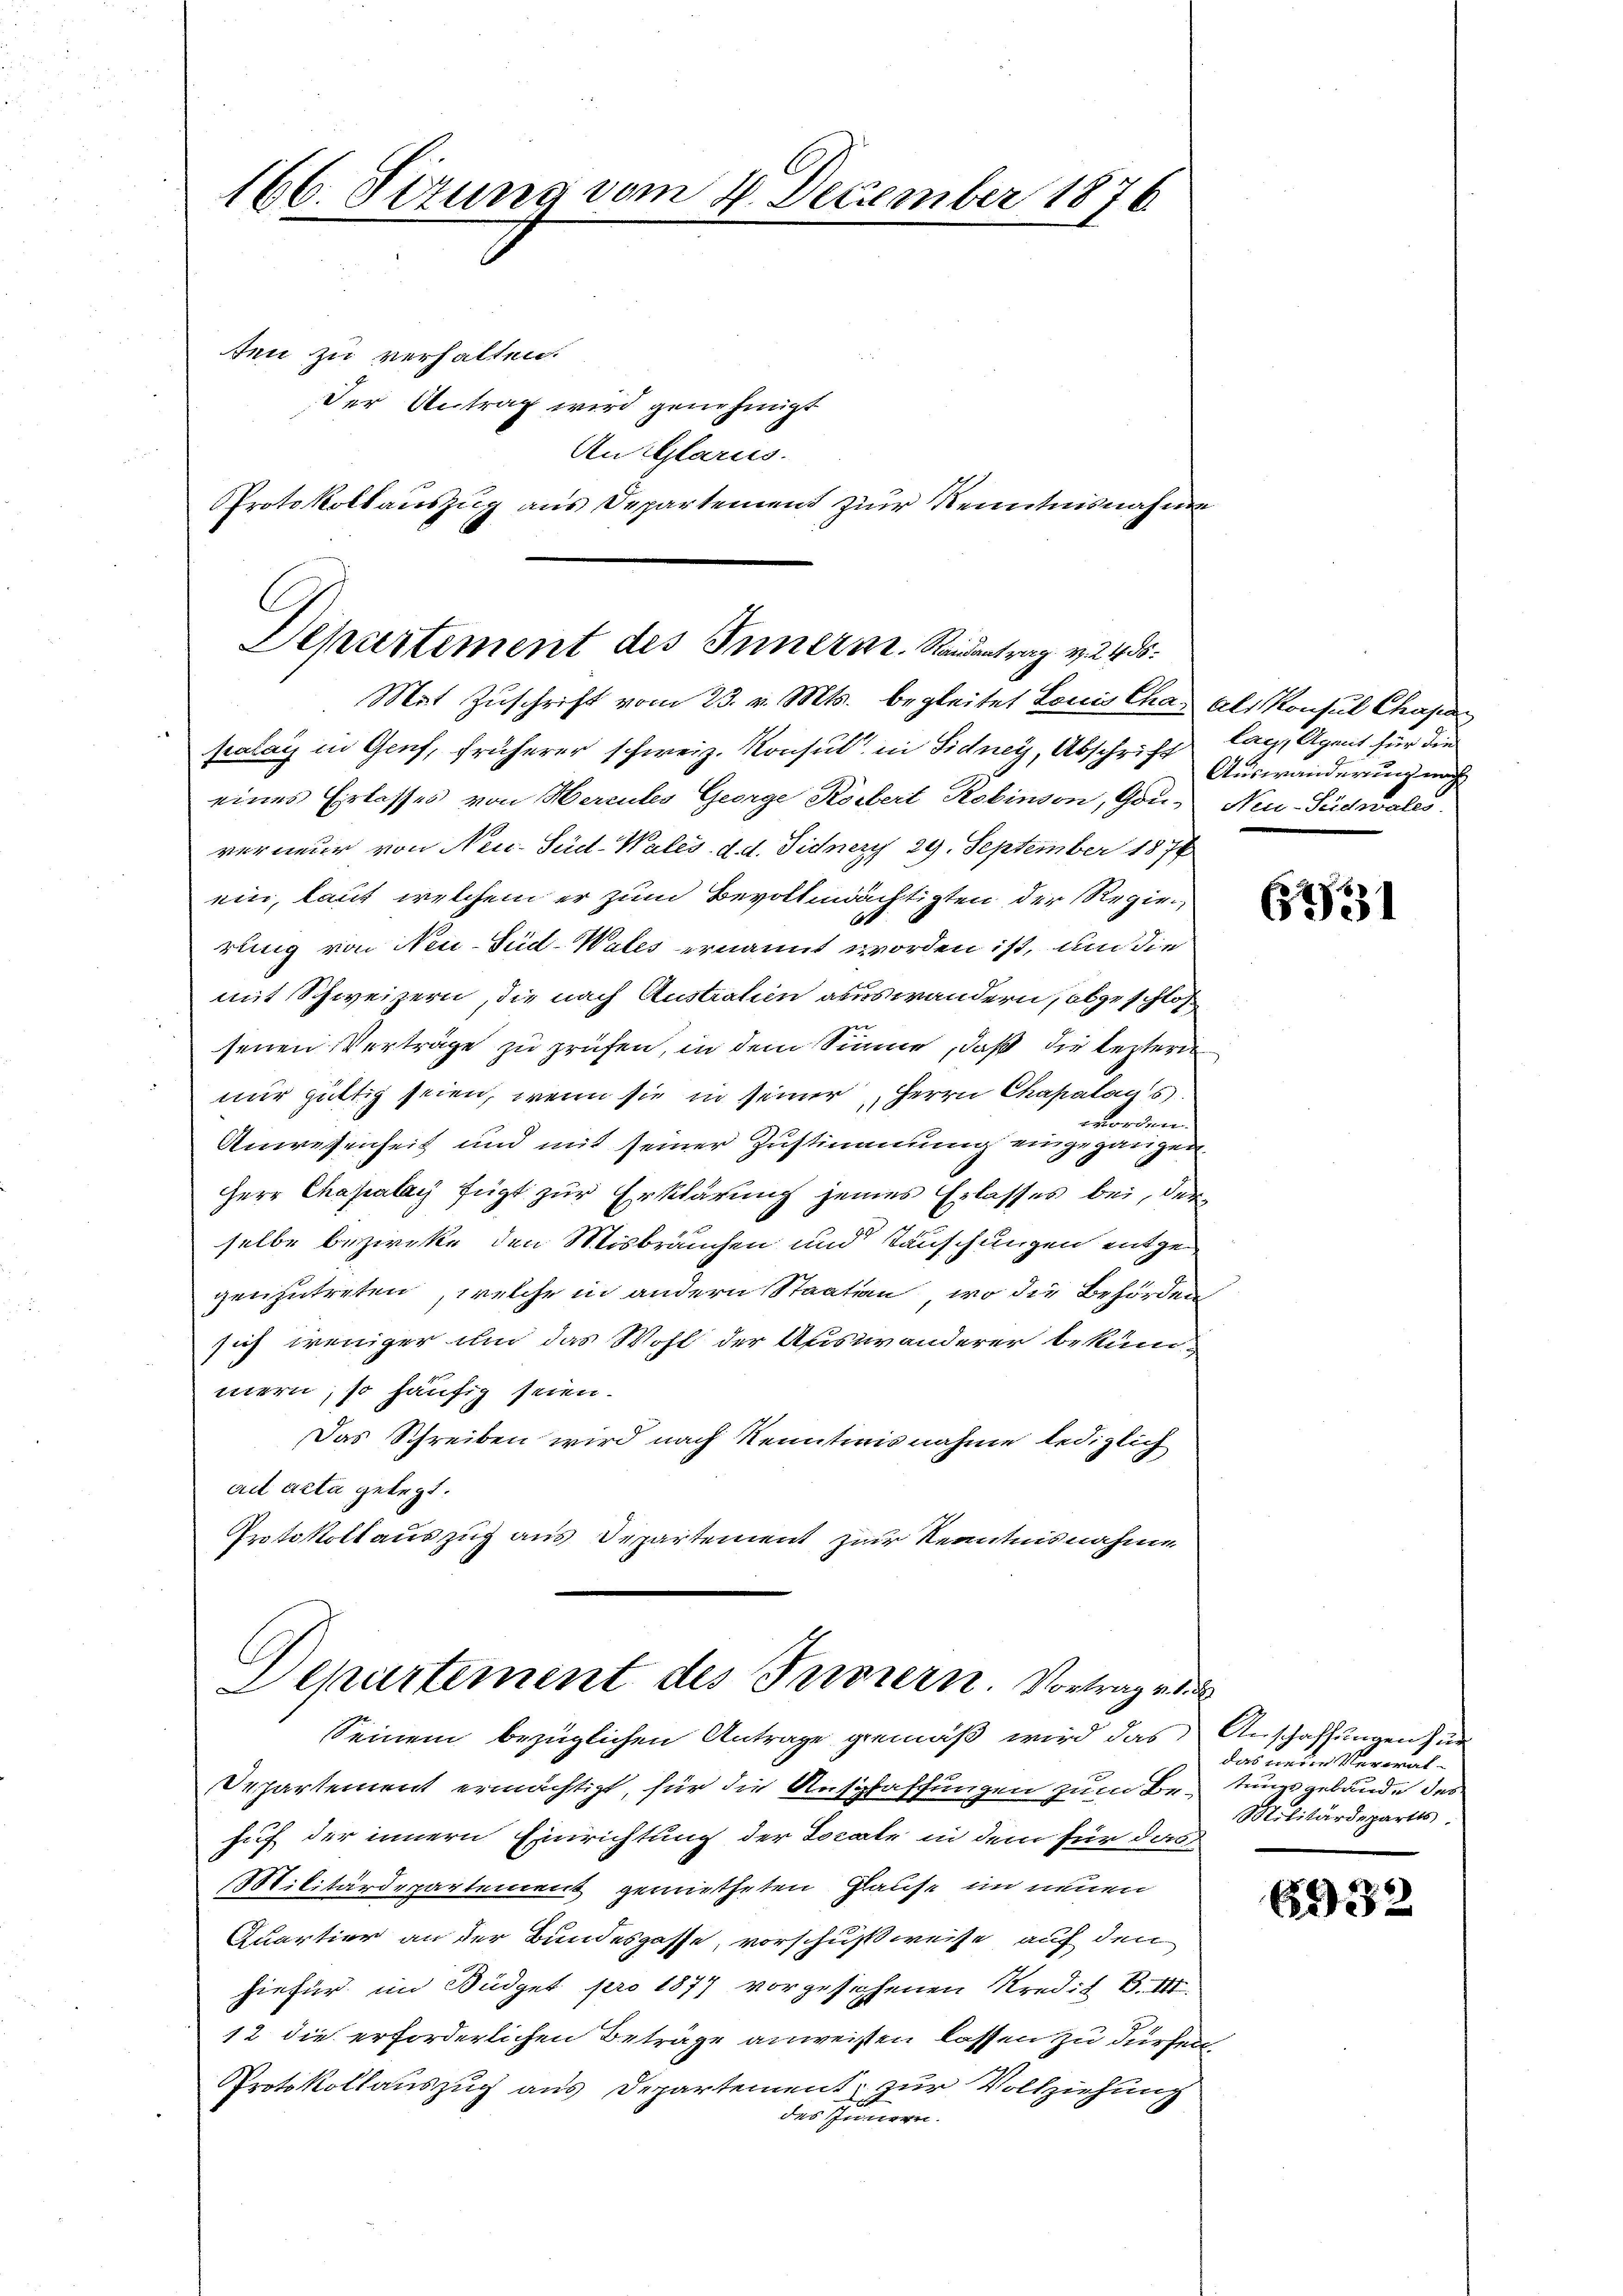
166. Sizung vom 2. Dezember 1876

ten zu verhalten.
Der Antrag wird genehmigt

An Glarus.
Protokollauszug aus Departement zur Kenntnisnahme

C.
Departement des Innern. Randantrag v. 2405.

Mat Zuschrift vom 23. v. Mts. begleitet Louis Chas als Konsul Chasar
palais in Genf, früherer schweiz. Konsul in Sidney, Abschrift lag, Agent für die
eines Erlasses von Hercules George Körbert Robinson, Gou- Neu-Sidwales.
verneur von Neu-Süd-Wales d. d. Sidner 29. September 1874
ein, laut welchem er zum Bevollmächtigten der Regier
rung von Neu-Süd-Wales ernannt worden ist, um die
mit Schweizern, die nach Austration auswandern, abgeschloß
senen Verträge zu prüfen, in dem Sinne, daß die lezter
nur gültig seien, wenn sie in seiner Herrn Chapalags
worden.
Anwesenheit und mit seiner Zustimmung eingegangen.
HHerr Chapalay fügt zur Erklärung seines Erlasses bei, der
selbe bezirke den Misbräuchen und Tauschungen entgegenzutreten, welche in andern Staaten, wo die Behörden
sich weniger und das Wohl der Auswanderer bekunmern, so häufig seien.
Das Schreiben wird nach Kenntnisnahme lediglich
ad acta gelegt.
Protokollauszug aus Departement zur Kenntnisnahme

C
Departement des Tuorern Vortrage des
Seinem bezüglichen Antrage gemäß wird das Anschaffungen für

Auswanderung nach

Departement ermächtigt, für die Ansprassungen zum Be
huf der innern Einrichtung der Locale in dem für das
Militärdepartement gemietheten Glause im neuen
Quartier an der Bundesgasse, vorschußweise auf den
hiefür im Büdget pro 1877 vorgesehenen Kredit B. III.
12 die erforderlichen Beträge anweisen lassen zu dürfen,
Protokollauszug aus Departement, zur Vollziehung
des Innern.

62231

das neue Verwaltungsgebäude des
Militärdepartes.

AG22